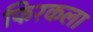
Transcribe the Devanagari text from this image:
फिरकला